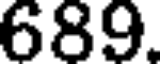
689.